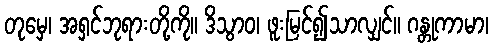
တုမှေ၊ အရှင်ဘုရားတို့ကို။ ဒိသွာဝ၊ ဖူးမြင်၍သာလျှင်။ ဂန္တုကာမာ၊